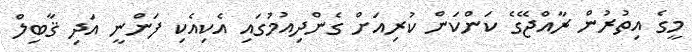
މީގެ އިތުރުން ރާއްޖޭގެ ކަންކަން ކުރިއަށް ގެންދިއުމުގައި އެކިއެކި ފަންނީ އަދި ޤާބިލް